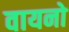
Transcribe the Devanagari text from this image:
वायनो